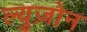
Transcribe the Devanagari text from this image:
ल्युज़ोन